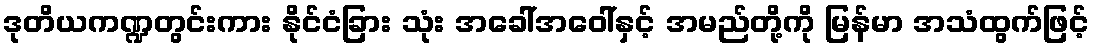
ဒုတိယကဏ္ဍတွင်းကား နိုင်ငံခြား သုံး အခေါ်အဝေါ်နှင့် အမည်တို့ကို မြန်မာ အသံထွက်ဖြင့်